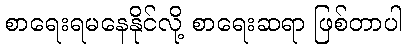
စာရေးရမနေနိုင်လို့ စာရေးဆရာ ဖြစ်တာပါ